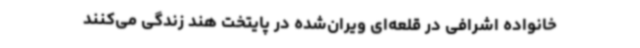
خانواده‌ اشرافی در قلعه‌ای ویران‌شده در پایتخت هند زندگی ‌می‌کنند